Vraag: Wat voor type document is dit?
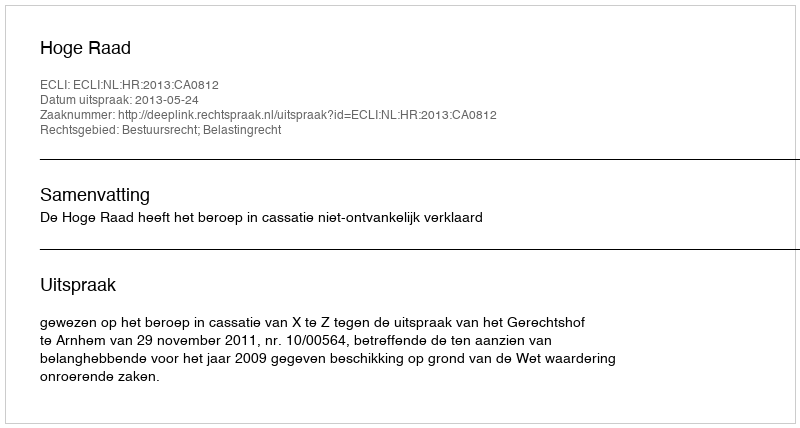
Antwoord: Uitspraak